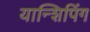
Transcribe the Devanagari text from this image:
यान्शिपिंग